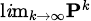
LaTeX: \scriptstyle\operatorname*{l\mathit{i}m}_{k\to\infty}\mathbf{{P}}^{k}